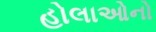
હોલાઓનો